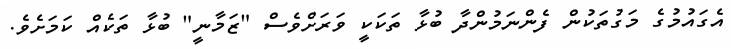
އެގައުމުގެ މަގުތަކުން ފެންނަމުންދާ ބުޅާ ތަކަކީ ވަރަށްވެސް "ޒަމާނީ" ބުޅާ ތަކެއް ކަމަށެވެ.